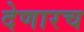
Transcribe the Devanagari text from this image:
देणारच